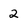
Character: 2